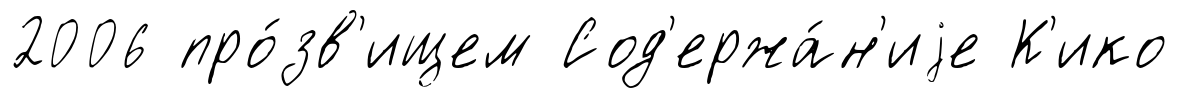
2006 про́зв'ищем Сод'ержа́н'иjе К'ико